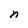
Character: n